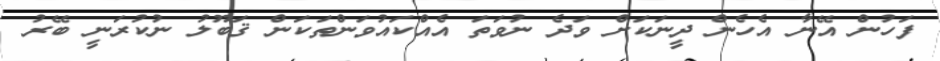
ފަހުން އޭނާ އެހެން ދީނަކަށް ވަދެ ނުވަތަ އެއްކައުވަންތަކަން ޤަބޫލު ނުކުރަނީ ބޭރު